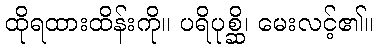
ထိုရထားထိန်းကို။ ပရိပုစ္ဆိ၊ မေးလင့်၏။